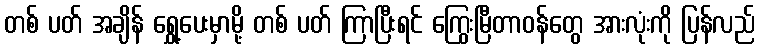
တစ် ပတ် အချိန် ရွှေ့ပေးမှာမို့ တစ် ပတ် ကြာပြီးရင် ကြွေးမြီတာဝန်တွေ အားလုံးကို ပြန်လည်